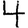
Digit: 4